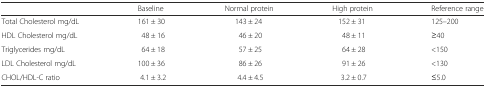
|  | Baseline | Normal protein | High protein | Reference range |
 | --- | --- | --- | --- | --- |
 | Total Cholesterol mg/dL | 161 ± 30 | 143 ± 24 | 152 ± 31 | 125–200 |
 | HDL Cholesterol mg/dL | 48 ± 16 | 46 ± 20 | 48 ± 11 | ≥40 |
 | Triglycerides mg/dL | 64 ± 18 | 57 ± 25 | 64 ± 28 | <150 |
 | LDL Cholesterol mg/dL | 100 ± 36 | 86 ± 26 | 91 ± 26 | <130 |
 | CHOL/HDL-C ratio | 4.1 ± 3.2 | 4.4 ± 4.5 | 3.2 ± 0.7 | ≤5.0 |